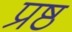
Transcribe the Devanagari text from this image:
प्रष्ठ